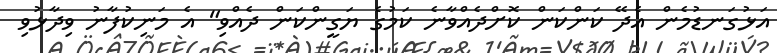
އަޅުގަނޑުމެން އެދޭ ކަންކަން ކޮށްދެއްވާނެ ކަމުގެ ޔަގީންކަން ދެއްވި" އެ މަނިކުފާނު ވިދާޅުވި